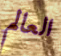
العالم